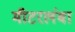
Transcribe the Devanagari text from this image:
मीटरलंबा